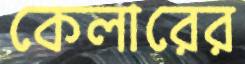
কেলারের